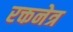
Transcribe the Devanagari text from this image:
रक्तनेत्र